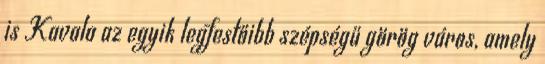
is Kavala az egyik legfestőibb szépségű görög város, amely